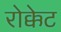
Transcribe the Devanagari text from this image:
रोक्केट